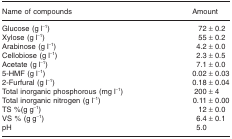
<table><thead><tr><td><b>Name of compounds</b></td><td><b>Amount</b></td></tr></thead><tbody><tr><td>Glucose (g l<sup>−1</sup>)</td><td>72 ± 0.2</td></tr><tr><td>Xylose (g l<sup>−1</sup>)</td><td>55 ± 0.2</td></tr><tr><td>Arabinose (g l<sup>−1</sup>)</td><td>4.2 ± 0.0</td></tr><tr><td>Cellobiose (g l<sup>−1</sup>)</td><td>2.3 ± 0.5</td></tr><tr><td>Acetate (g l<sup>−1</sup>)</td><td>7.1 ± 0.0</td></tr><tr><td>5-HMF (g l<sup>−1</sup>)</td><td>0.02 ± 0.03</td></tr><tr><td>2-Furfural (g l<sup>−1</sup>)</td><td>0.18 ± 0.04</td></tr><tr><td>Total inorganic phosphorous (mg l<sup>−1</sup>)</td><td>200 ± 4</td></tr><tr><td>Total inorganic nitrogen (g l<sup>−1</sup>)</td><td>0.11 ± 0.00</td></tr><tr><td>TS %(g g<sup>−1</sup>)</td><td>12 ± 0.0</td></tr><tr><td>VS % (g g<sup>−1</sup>)</td><td>6.4 ± 0.1</td></tr><tr><td>pH</td><td>5.0</td></tr></tbody></table>